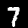
Digit: 7